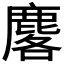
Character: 𪊲